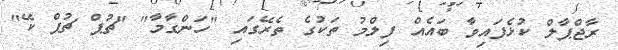
ރާޖްޕާލް ކުޅެފައިވާ ބައެއް ފިލްމު ތަކުގެ ތެރޭގައި "ހަންގާމާ" "ޗުޕް ޗުޕް ކޭ"